Leaving Certificate Examination (including Day School Certificate (Higher) General paper), 1926
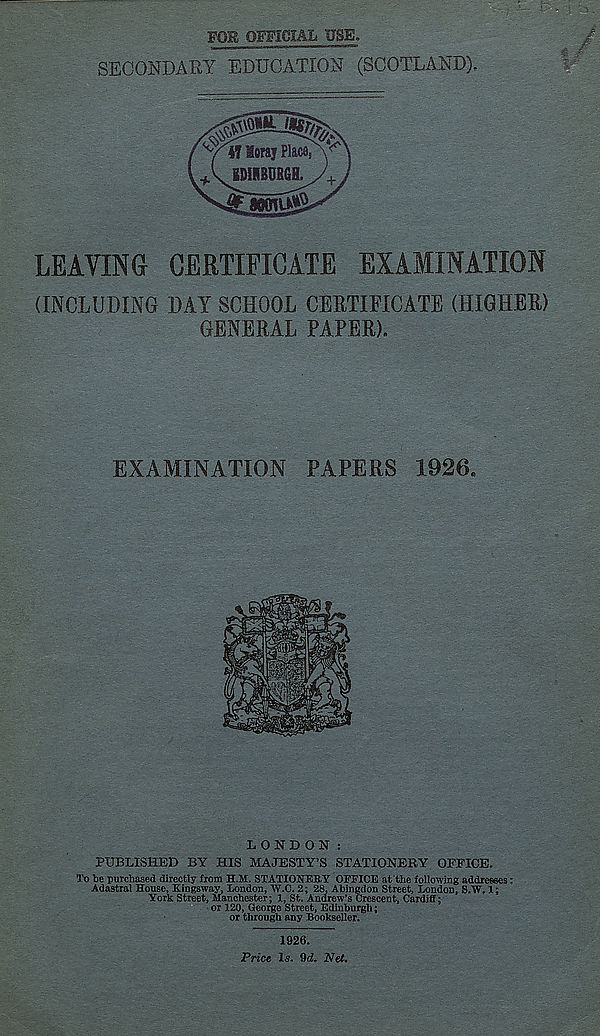
FOB OFFICIAL ’USE.
SECONDARY EDUCATION (SCOTLAND),
LEAVING CERTIFICATE EXAMINATION
(INCLUDING DAY SCHOOL CERTIFICATE (HIGHER)
GENERAL PAPER).
EXAMINATION PAPERS 1926 e
LONDON:
PUBLISHED BY HIS MAJESTY’S STATIONERY OFEICE.
To be purchased directly from H.M. STATIONERY OFFICE at'the following addresses:
Adastral House, Kingsway, Loudon, W.C. 2; 28, Abingdon Street, London, S.W, I;
York Street, Manchester; 1, St. Andrew’s Crescent, Cardiff;
or 120, George Street, Edinburgh;
or through any Bookseller.
1926.
Price Is. 9d. Net.